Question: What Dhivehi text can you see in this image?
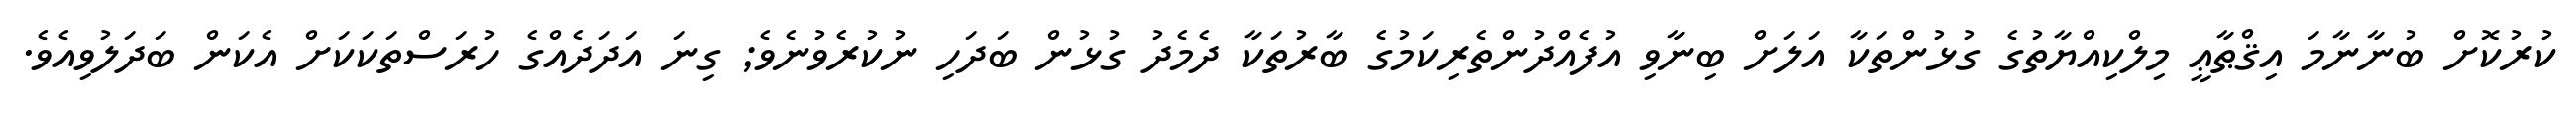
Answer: ކުރުކޮށް ބުނާނާމަ އިޤްޠާޢީ މިލްކިއްޔާތުގެ ގުޅުންތަކާ އަލަށް ބިނާވި އުފެއްދުންތެރިކަމުގެ ބާރުތަކާ ދެމެދު ގުޅުން ބަދަހި ނުކުރެވުނެވެ; ގިނަ އަދަދެއްގެ ހުރަސްތަކަކަށް އެކަން ބަދަލުވިއެވެ.